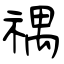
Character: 禑